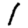
Digit: 1